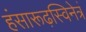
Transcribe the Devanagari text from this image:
हंसारूढ़स्विनेत्रं